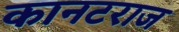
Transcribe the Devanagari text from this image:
कानटराज